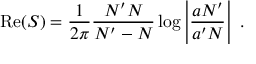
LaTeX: { \mathrm { R e } } ( S ) = { \frac { 1 } { 2 \pi } } { \frac { N ^ { \prime } N } { N ^ { \prime } - N } } \log \left| { \frac { a N ^ { \prime } } { a ^ { \prime } N } } \right| ~ .